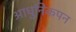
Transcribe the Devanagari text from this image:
आधुनिकपन